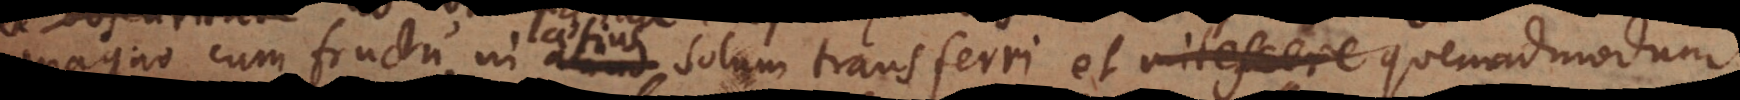
magno cum fructu in aliud solum transferri et quemadmodum